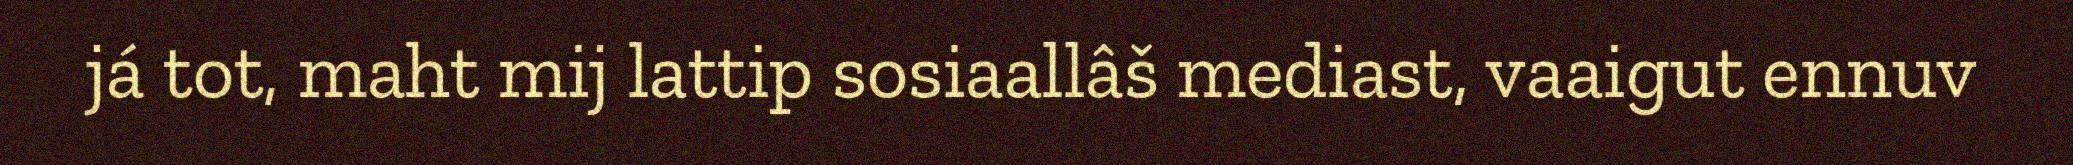
já tot, maht mij lattip sosiaallâš mediast, vaaigut ennuv